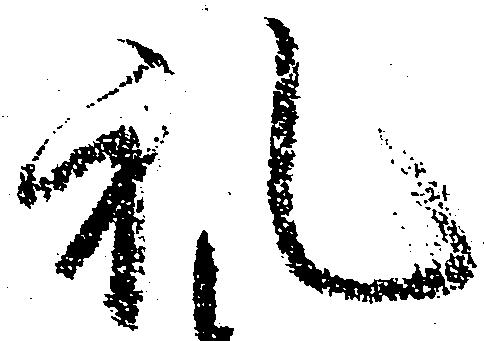
礼